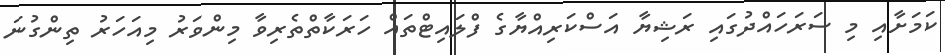
ކަމަށާއި މި ސަރަހައްދުގައި ރަޝިޔާ އަސްކަރިއްޔާގެ ފްލައިޓްތައް ހަރަކާތްތެރިވާ މިންވަރު މިއަހަރު ތިންގުނަ